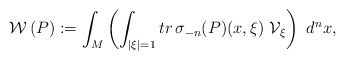
\begin{align*}\mathcal{W}\,(P) := \int _{M} \left ( \int _{|\xi |=1} tr\, \sigma _{-n}(P)(x,\xi )~ {\mathcal V}_{\xi}\right )~ d^{n} x,\end{align*}